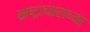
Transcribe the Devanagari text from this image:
भ्रष्ट्राचाराच्या